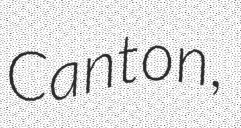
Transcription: Canton,